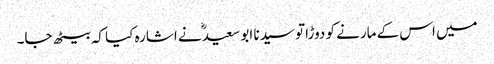
میں اس کے مارنے کو دوڑا تو سیدنا ابو سعیدؓ نے اشارہ کیا کہ بیٹھ جا۔